Vaccination in Burma 1889-1999 - 1889-1999
Year: 1889
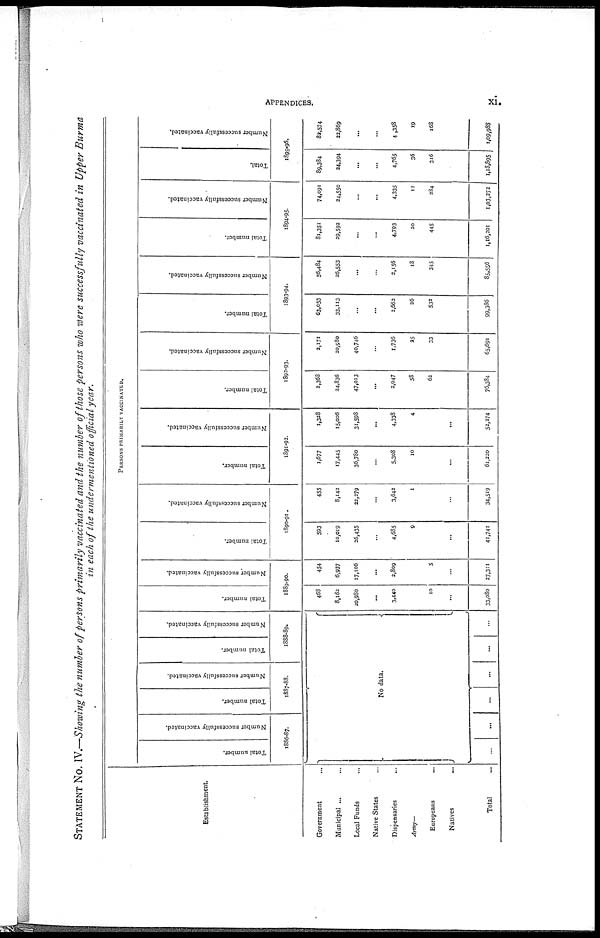
APPENDICES.
xi.
STATEMENT No. IV.—Showing the number of persons primarily vaccinated and the number of those persons who were successfully vaccinated in Upper Burma
in each of the undermentioned official year.
Establishment.
Government ...
Municipal ...
Local Funds ...
Native States ...
Dispensaries ...
Army—
Europeans ...
Natives ...
Total ...
PERSONS PRIMARILY VACCINATED.
Total number.
Number successfully vaccinated.
1886-87.
Total number.
Number successfully vaccinated.
1887-88.
Total number.
Number successfully vaccinated.
1888-89.
No data.
...
...
...
...
...
Total number.
Number successfully vaccinated.
1889-90.
468
8,182
20,980
...
3,440
...
10
...
33,080
454
6,937
17,106
...
2,809
...
5
...
27,311
Total number.
Number successfully vaccinated.
1890-91.
593
10,019
26,435
...
4,635
9
...
...
41,741
455
8,142
22,279
...
3,642
1
...
...
34,519
Total number.
Number successfully vaccinated.
1891-92.
1,677
17,445
36,780
...
5,308
10
...
...
61,220
1,328
15,006
31,598
...
4,338
4
...
...
52,274
Total number.
Number successfully vaccinated.
1892-93.
2,368
24,836
47,013
...
2,047
58
62
...
76,384
2,171
20,980
40,746
...
1,736
25
33
...
65,691
Total number.
Number successfully vaccinated.
1893-94.
63,053
33,113
...
...
2,662
26
532
...
99,386
56,484
26,553
...
...
2,156
18
345
...
85,556
Total number.
Number successfully vaccinated.
1894-95.
81,351
29,592
...
...
4,793
20
445
...
1,16,201
74,091
24,550
...
...
4,335
12
284
...
1,03,272
Total.
Number successfully vaccinated.
1895-96.
89,384
24,394
...
...
4,765
36
316
...
1,18,895
82,574
22,869
...
...
4,358
19
168
...
1,09,988